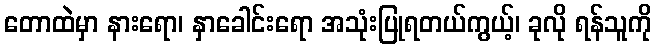
တောထဲမှာ နားရော၊ နှာခေါင်းရော အသုံးပြုရတယ်ကွယ့်၊ ခုလို ရန်သူကို